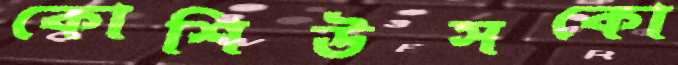
কোশিউসকো